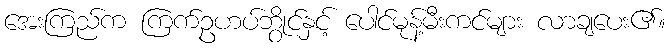
အေးကြည်က ကြက်ဥဟပ်ဘွိုင်နှင့် ပေါင်မုန့်မီးကင်များ လာချပေး၏။